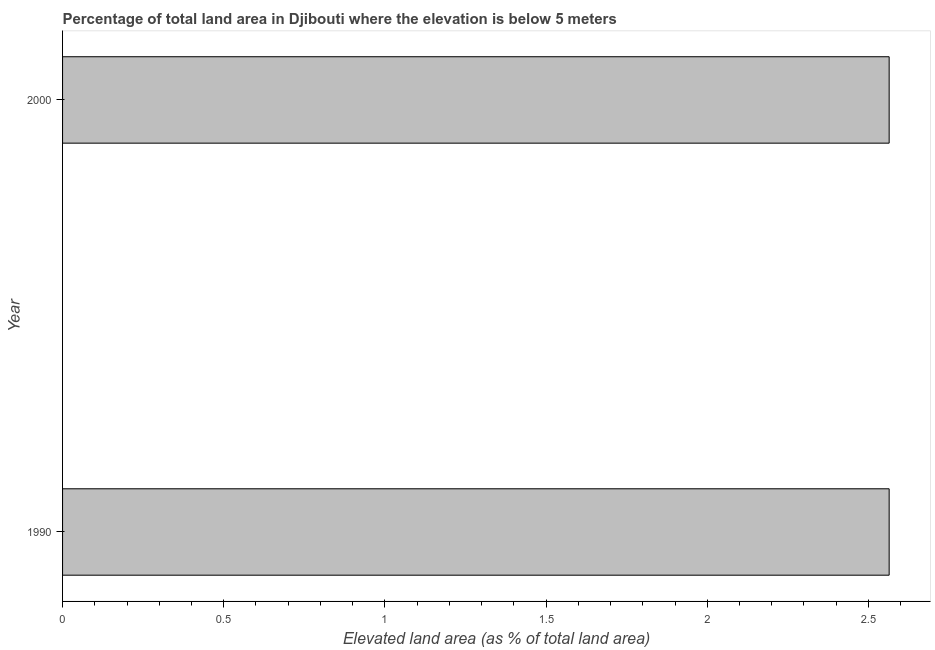
| Year | Land area |
 | --- | --- |
 | 1990 | 2.56 |
 | 2000 | 2.56 |